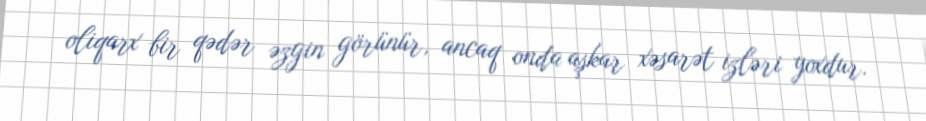
oliqarx bir qədər əzgin görünür, ancaq onda aşkar xəsarət izləri yoxdur.